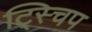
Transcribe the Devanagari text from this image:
ट्स्चिप